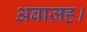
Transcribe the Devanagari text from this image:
अबाज़ह।